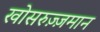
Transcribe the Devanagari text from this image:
खोसरुज़्ज़मान